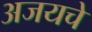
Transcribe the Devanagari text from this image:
अजयचे